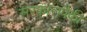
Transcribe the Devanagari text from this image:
सरकारांपैकी